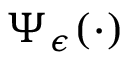
\Psi _ { \epsilon } ( \cdot )